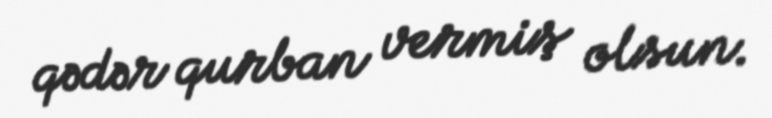
qədər qurban vermiş olsun.